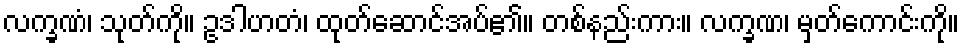
လက္ခဏံ၊ သုတ်ကို။ ဥဒါဟတံ၊ ထုတ်ဆောင်အပ်၏။ တစ်နည်းကား။ လက္ခဏ၊ မှတ်ကောင်းကို။